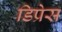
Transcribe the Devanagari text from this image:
डिप्रेस